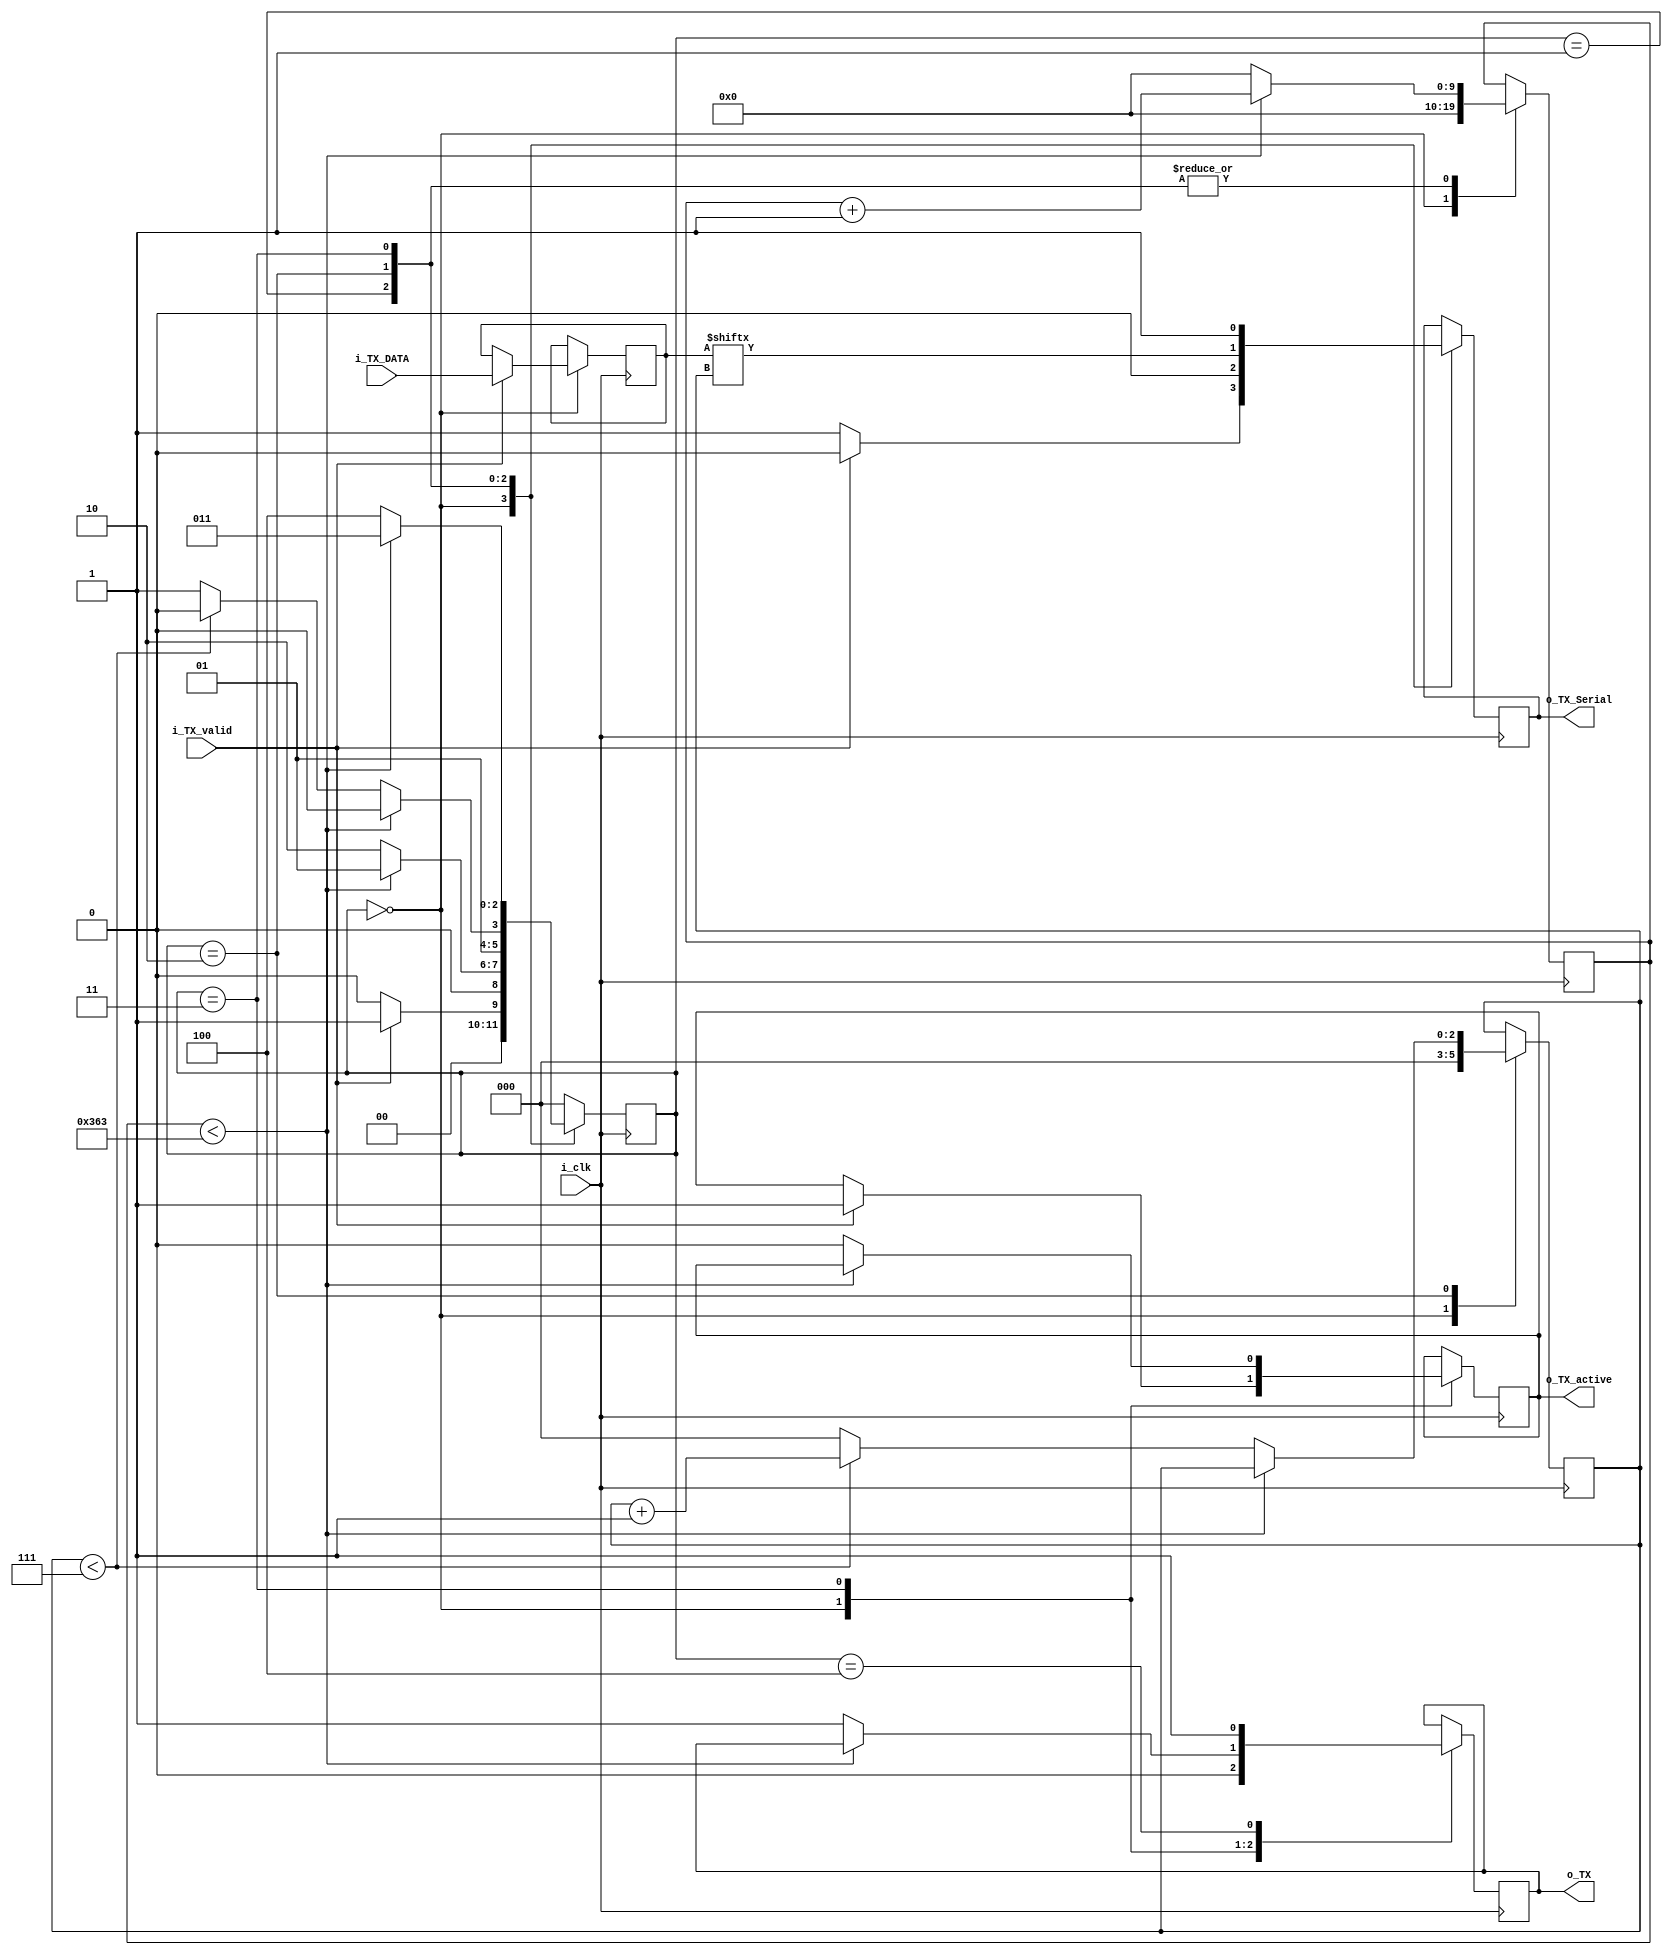
`timescale 1ns / 1ps
//////////////////////////////////////////////////////////////////////////////////
// Company:
// Engineer:
//
// Design Name:
// Module Name: UART_TX
// Project Name:
// Target Devices:
// Tool Versions:
// Description:
//
// Dependencies:
//
// Revision:
// Revision 0.01 - File Created
// Additional Comments:
//
//////////////////////////////////////////////////////////////////////////////////
///Design name : UART_TX
///UART TRANSMITTER (sending data from FPGA to PC )
///Buad rate = 115200 bps //
///Fpga clk = 100MHZ

///CLK_PER_BIT_TX = Fpga_clk (100MHZ)/Baud_rate(115200)/// = 868

`define CLK_PER_BIT_TX 868
`define CNT_BYTE_TX 3
`define STATE_WIDTH_TX 3
`define DATA_WIDTH_TX 8
`define WIDTH_CLK_CNT_TX 10
module UART_TX(
input i_clk ,
input i_TX_valid ,
input [`DATA_WIDTH_TX-1:0] i_TX_DATA , ///data to be transmitted from FPGA TO PC ///
output reg o_TX_Serial , ////serial output data to be streamed (Parallel to Serial)to the PC ///
output o_TX_active , ///output showing data transmission is active //
output o_TX //output showing data is successfully transmitted ///
);

parameter IDLE = 3'b000;
parameter TX_START_BIT = 3'b001;
parameter TX_DATA_BITS = 3'b010;
parameter TX_STOP_BIT = 3'b011;
parameter CLEAN_BITS_TX = 3'b100;


reg[`WIDTH_CLK_CNT_TX-1:0] clk_count_TX = 0 ; ///counter counting the CLK_PER_BIT (2^10 =1024, COUNTING TILL 868 ( 0 to 867)////
reg[`CNT_BYTE_TX-1:0] tx_cnt = 0; // transmitter couter counting the data received bits(8 bits) ///
reg[`DATA_WIDTH_TX-1:0] tx_BYTE = 0 ; ///data sent from FPGA to PC ///
reg [2:0] p_STATE = 0; ///FSM state ///
reg o_TX_byte = 0; ///output showing data is successfully transmitted ////
reg TX_Active = 0; ///output showing data is initialized for transmitting from FPGA to PC //


assign o_TX = o_TX_byte ; ////output showing data is successfully transmitted ////
assign o_TX_active = TX_Active ;

always @(posedge i_clk)
begin
case (p_STATE)

IDLE :
begin

tx_cnt <= 0; ///none of the bits have been transmitted //
clk_count_TX <= 0;
o_TX_Serial <=1; ///start bit of transmitter goes high (no transmission)//
o_TX_byte <= 0; ///data hasn't been transmitted yet ///
if (i_TX_valid == 1'b1)
begin
p_STATE <= TX_START_BIT ; ////p_STATE
TX_Active <= 1'b1 ; ///data is initialised for transmission //
o_TX_Serial <= 0; ///start bit goes active low for serial transmission ///
tx_BYTE <= i_TX_DATA ; ///data is loaded in register "tx_BYTE" //


end
else
p_STATE <= IDLE ;

end

////make start bit 0 so as to active the transmission of data///
TX_START_BIT :
begin
o_TX_Serial <= 1'b0;
if ( clk_count_TX < `CLK_PER_BIT_TX-1)
begin
clk_count_TX <= clk_count_TX + 1'b1 ;
p_STATE <= TX_START_BIT ;
end
else
begin
p_STATE <= TX_DATA_BITS ;
clk_count_TX <= 0;
end
end

TX_DATA_BITS : begin
o_TX_Serial <= tx_BYTE[tx_cnt]; ///load the parallel data from FPGA Serially /
if (clk_count_TX < `CLK_PER_BIT_TX-1)
begin
clk_count_TX <= clk_count_TX + 1'b1 ;
p_STATE <= TX_DATA_BITS ;
end
else
begin
// o_TX_Serial <= tx_BYTE[tx_cnt]; ///load the parallel data from FPGA Serially /
clk_count_TX <= 0;
///checking if the data transmitted is 8 bit or not ///
if (tx_cnt <7)
begin
tx_cnt <= tx_cnt + 1'b1 ;
p_STATE <= TX_DATA_BITS ;
end
else
begin
tx_cnt <= 0;
p_STATE <= TX_STOP_BIT ;
end
end
end

TX_STOP_BIT : begin
o_TX_Serial <= 1'b1; ///stop bit =1
if (clk_count_TX < `CLK_PER_BIT_TX-1)
begin
clk_count_TX <= clk_count_TX + 1'b1 ;
p_STATE <= TX_STOP_BIT ;
end
else
begin
clk_count_TX <= 0;
o_TX_byte <= 1'b1; //data is succesfully transmitted///
// o_TX_Serial <= 1'b1; ///stop bit =1///
TX_Active <= 1'b0 ; ///no data transmission///
p_STATE <= CLEAN_BITS_TX ;
end
end

CLEAN_BITS_TX : begin
o_TX_byte <= 1'b1;
p_STATE <= IDLE ;
end

default : begin
p_STATE <= IDLE ;
end
endcase
end
endmodule